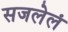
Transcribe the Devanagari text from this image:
सजलेलं